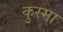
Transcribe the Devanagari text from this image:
कुस्मा